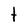
Character: t